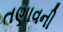
તણાવની